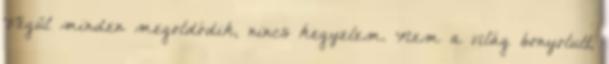
Végül minden megoldódik, nincs kegyelem. Nem a világ bonyolult,